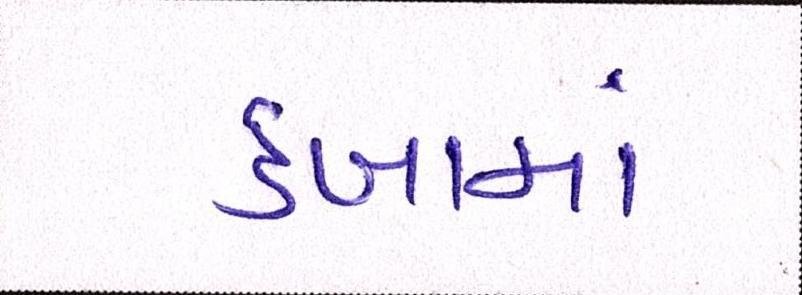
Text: ડબામાં